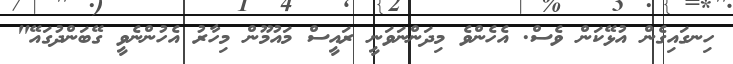
ހިނގައިގެން އުޅޭކަން ވެސް. އެހެންވެ މިދަންނަވަނީ ރައީސް މައުމޫން މިހާރު އެހުންނެވީ ގޭބަންދުގައޭ"